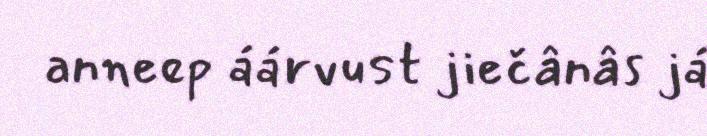
anneep áárvust jiečânâs já